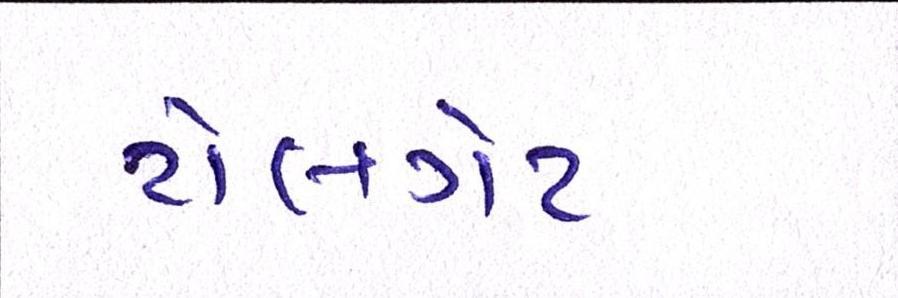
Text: ટોલગેટ